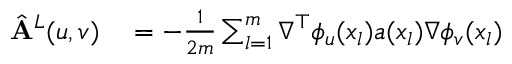
\begin{array} { r l } { \hat { \mathbf { A } } ^ { L } ( u , v ) } & { { } = - \frac { 1 } { 2 m } \sum _ { l = 1 } ^ { m } \nabla ^ { \top } \phi _ { u } ( x _ { l } ) a ( x _ { l } ) \nabla \phi _ { v } ( x _ { l } ) } \end{array}